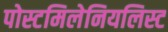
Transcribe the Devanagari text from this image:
पोस्टमिलेनियलिस्ट